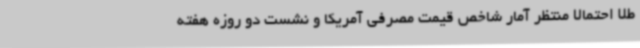
طلا احتمالا منتظر آمار شاخص قیمت مصرفی آمریکا و نشست دو روزه هفته